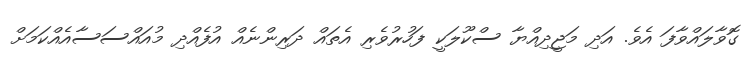
ގޮވާލައްވާފަ އެވެ. އަދި މަޖީދިއްޔާ ސްކޫލަކީ ފަހުރުވެރި އެތައް ދަރިންނެއް އުފެއްދި މުއައްސަސާއެއްކަމަށް